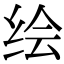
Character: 绘